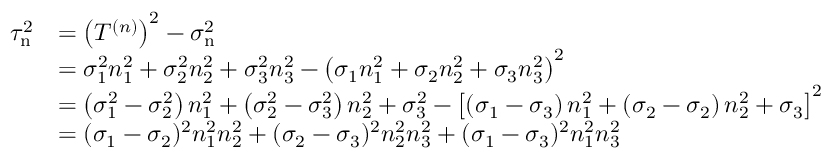
{ \begin{array} { r l } { \tau _ { \mathrm { n } } ^ { 2 } } & { = \left( T ^ { ( n ) } \right) ^ { 2 } - \sigma _ { \mathrm { n } } ^ { 2 } } \\ & { = \sigma _ { 1 } ^ { 2 } n _ { 1 } ^ { 2 } + \sigma _ { 2 } ^ { 2 } n _ { 2 } ^ { 2 } + \sigma _ { 3 } ^ { 2 } n _ { 3 } ^ { 2 } - \left( \sigma _ { 1 } n _ { 1 } ^ { 2 } + \sigma _ { 2 } n _ { 2 } ^ { 2 } + \sigma _ { 3 } n _ { 3 } ^ { 2 } \right) ^ { 2 } } \\ & { = \left( \sigma _ { 1 } ^ { 2 } - \sigma _ { 2 } ^ { 2 } \right) n _ { 1 } ^ { 2 } + \left( \sigma _ { 2 } ^ { 2 } - \sigma _ { 3 } ^ { 2 } \right) n _ { 2 } ^ { 2 } + \sigma _ { 3 } ^ { 2 } - \left[ \left( \sigma _ { 1 } - \sigma _ { 3 } \right) n _ { 1 } ^ { 2 } + \left( \sigma _ { 2 } - \sigma _ { 2 } \right) n _ { 2 } ^ { 2 } + \sigma _ { 3 } \right] ^ { 2 } } \\ & { = ( \sigma _ { 1 } - \sigma _ { 2 } ) ^ { 2 } n _ { 1 } ^ { 2 } n _ { 2 } ^ { 2 } + ( \sigma _ { 2 } - \sigma _ { 3 } ) ^ { 2 } n _ { 2 } ^ { 2 } n _ { 3 } ^ { 2 } + ( \sigma _ { 1 } - \sigma _ { 3 } ) ^ { 2 } n _ { 1 } ^ { 2 } n _ { 3 } ^ { 2 } } \end{array} }